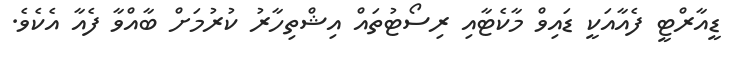
ޑީއާރްޓީ ފެއާއަކީ ޑައިވް މާކެޓާއި ރިސޯޓުތައް އިޝްތިހާރު ކުރުމަށް ބާއްވާ ފެއާ އެކެވެ.